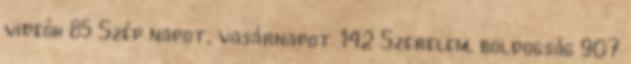
videók 85 Szép napot, vasárnapot 142 Szerelem, boldogság 907